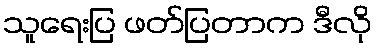
သူရေးပြ ဖတ်ပြတာက ဒီလို